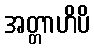
အတ္တာဟိပိ